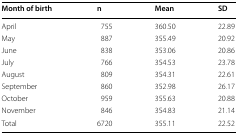
<table><thead><tr><td><b>Month of birth</b></td><td><b>n</b></td><td><b>Mean</b></td><td><b>SD</b></td></tr></thead><tbody><tr><td>April</td><td>755</td><td>360.50</td><td>22.89</td></tr><tr><td>May</td><td>887</td><td>355.49</td><td>20.92</td></tr><tr><td>June</td><td>838</td><td>353.06</td><td>20.86</td></tr><tr><td>July</td><td>766</td><td>354.53</td><td>23.78</td></tr><tr><td>August</td><td>809</td><td>354.31</td><td>22.61</td></tr><tr><td>September</td><td>860</td><td>352.98</td><td>26.17</td></tr><tr><td>October</td><td>959</td><td>355.63</td><td>20.88</td></tr><tr><td>November</td><td>846</td><td>354.83</td><td>21.14</td></tr><tr><td>Total</td><td>6720</td><td>355.11</td><td>22.52</td></tr></tbody></table>